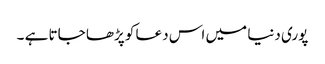
پوری دنیا میں اس دعا کو پڑھا جاتا ہے ۔